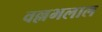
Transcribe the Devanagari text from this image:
वल्लभलाल